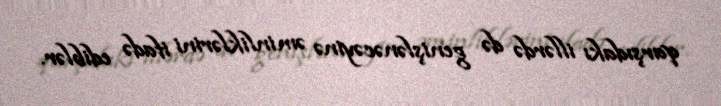
qarşıdakı illərdə də genişlənəcəyinə əminliklərini ifadə ediblər.